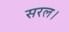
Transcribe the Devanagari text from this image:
सरल।